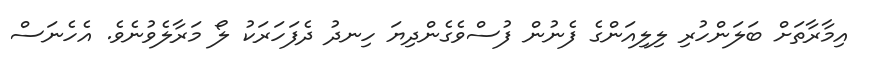
އިމާރާތަށް ބަލަންހުރި ލިލިއަންގެ ފެނުން ފުސްވެގެންދިޔަ ހިނދު ދެފަހަރަކު ލޯ މަރާލެވުނެވެ. އެހެނަސް